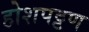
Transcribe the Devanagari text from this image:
होशपट्टण